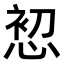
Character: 𭝘